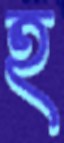
হ